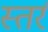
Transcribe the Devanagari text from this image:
स्तर्र